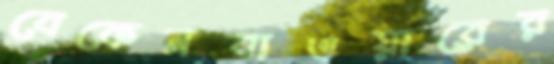
বেকেনবাওয়ারের